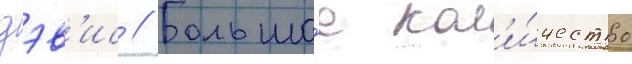
дэв'ис // Большо́е кол'и́чество